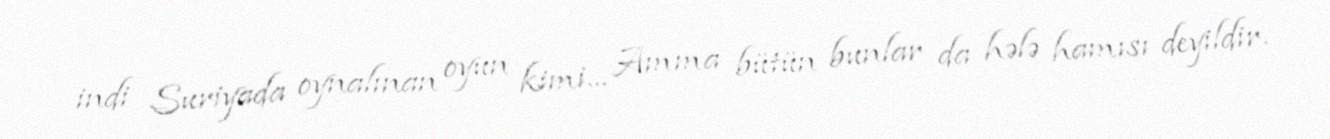
indi Suriyada oynalınan oyun kimi... Amma bütün bunlar da hələ hamısı deyildir.